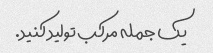
یک جمله مرکب تولید کنید.